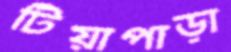
টিয়াপাড়া